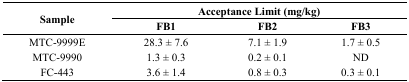
<table><thead><tr><td rowspan="2"><b>Sample</b></td><td colspan="3"><b>Acceptance Limit (mg/kg)</b></td></tr><tr><td><b>FB1</b></td><td><b>FB2</b></td><td><b>FB3</b></td></tr></thead><tbody><tr><td>MTC-9999E</td><td>28.3 ± 7.6</td><td>7.1 ± 1.9</td><td>1.7 ± 0.5</td></tr><tr><td>MTC-9990</td><td>1.3 ± 0.3</td><td>0.2 ± 0.1</td><td>ND</td></tr><tr><td>FC-443</td><td>3.6 ± 1.4</td><td>0.8 ± 0.3</td><td>0.3 ± 0.1</td></tr></tbody></table>